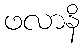
ဖလာနိ